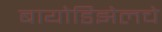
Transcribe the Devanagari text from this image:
बायोडिझेलचे